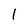
Character: 1